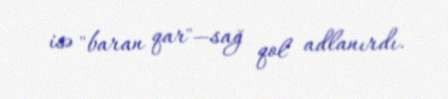
isə "baran qar"—sağ qol adlanırdı.